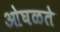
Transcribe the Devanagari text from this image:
ओघळते